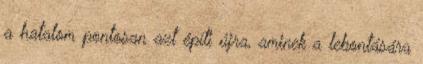
a hatalom pontosan azt építi újra, aminek a lebontására